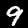
Label: 9